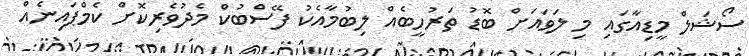
ސޯޝަލް މީޑިއާގައި މި ލަވައަށް ބޮޑު ތަރުހީބެއް ލިބުމާއެކު ފޭސްބުކް މެދުވެރިކޮށް ކެމްޕައިނެއް